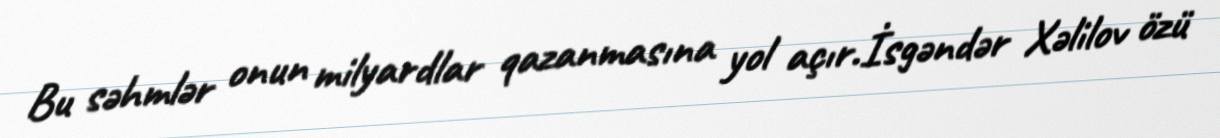
Bu səhmlər onun milyardlar qazanmasına yol açır.İsgəndər Xəlilov özü